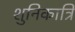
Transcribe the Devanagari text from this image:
शुनिकात्रि